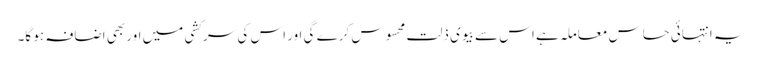
یہ انتہائی حساس معاملہ ہے اس سے بیوی ذلت محسوس کرے گی اور اس کی سرکشی میں اور بھی اضافہ ہو گا۔